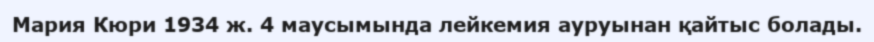
Мария Кюри 1934 ж. 4 маусымында лейкемия ауруынан қайтыс болады.